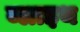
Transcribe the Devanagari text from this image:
ब्लाइथ